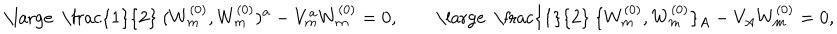
LaTeX: \mathrm { \large ~ \frac { 1 } { 2 } ~ } ( W _ { m } ^ { ( 0 ) } , W _ { m } ^ { ( 0 ) } ) ^ { a } - V _ { m } ^ { a } W _ { m } ^ { ( 0 ) } = 0 , \qquad \mathrm { \large ~ \frac { 1 } { 2 } ~ } \{ W _ { m } ^ { ( 0 ) } , W _ { m } ^ { ( 0 ) } \} _ { A } - V _ { A } W _ { m } ^ { ( 0 ) } = 0 ,